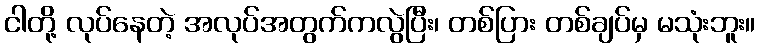
ငါတို့ လုပ်နေတဲ့ အလုပ်အတွက်ကလွဲပြီး၊ တစ်ပြား တစ်ချပ်မှ မသုံးဘူး။